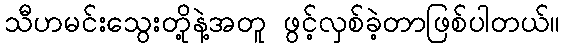
သီဟမင်းသွေးတို့နဲ့အတူ ဖွင့်လှစ်ခဲ့တာဖြစ်ပါတယ်။